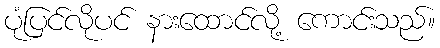
ပုံပြင်လိုပင် နားထောင်လို့ ကောင်းသည်။